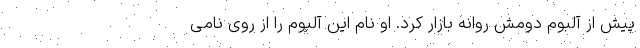
پیش از آلبوم دومش روانه بازار کرد. او نام این آلبوم را از روی نامی